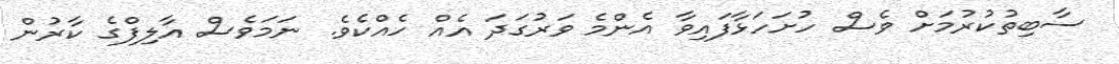
ސާބިތުކުރުމަށް ވެސް ހުށަހަޅާފައިވާ އެންމެ ވަރުގަދަ އެއް ހެއްކެވެ. ނަމަވެސް އާލިފްގެ ކާރުން